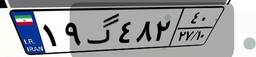
۱۹گ۴۸۲۴۰